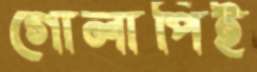
গোলাপিই